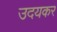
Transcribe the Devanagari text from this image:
उदयकर